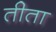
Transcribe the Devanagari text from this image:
तीता